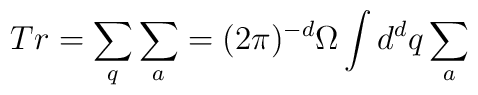
Tr = \sum_q\sum_a =(2\pi)^{-d}\Omega\int{d}^{d}q\sum_a